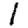
Digit: 1